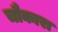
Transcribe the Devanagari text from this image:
चौकारा